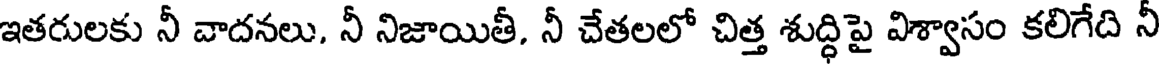
ఇతరులకు నీ వాదనలు, నీ నిజాయితీ, నీ చేతలలో చిత్త శుద్ధిపై విశ్వాసం కలిగేది నీ